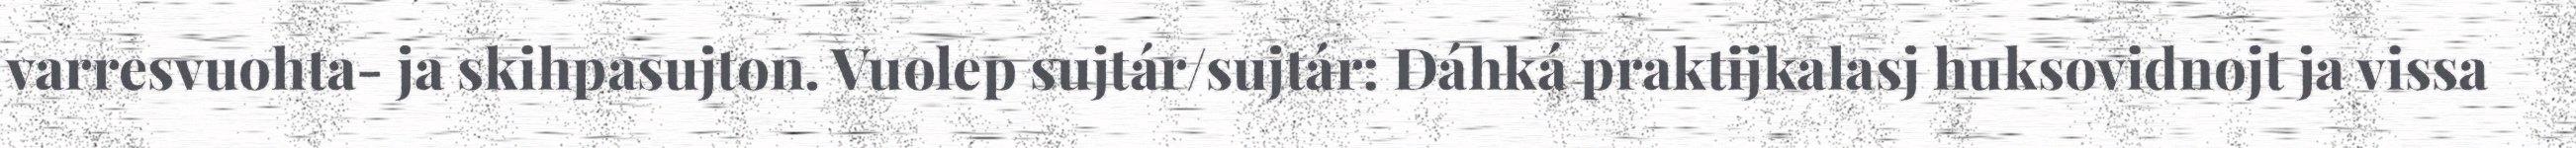
varresvuohta- ja skihpasujton. Vuolep sujtár/sujtár: Dáhká praktijkalasj huksovidnojt ja vissa